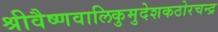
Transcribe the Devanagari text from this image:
श्रीवैष्णवालिकुमुदेशकठोरचन्द्र